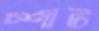
স্পীট